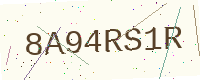
Text: 8A94RS1R